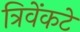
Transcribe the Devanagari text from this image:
त्रिवेंकटे